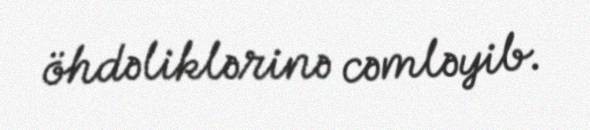
öhdəliklərinə cəmləyib.